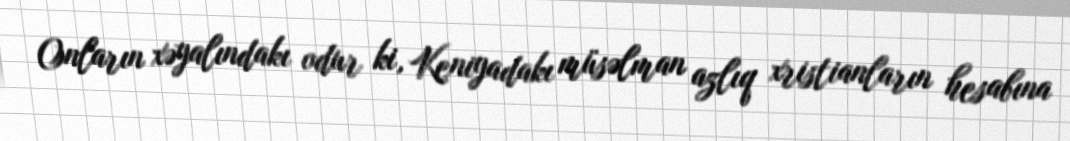
Onların xəyalındakı odur ki, Keniyadakı müsəlman azlıq xristianların hesabına